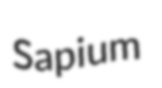
Sapium